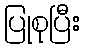
ပြုစုပြီး